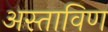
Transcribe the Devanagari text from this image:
अस्ताविण